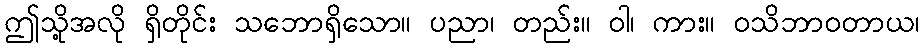
ဤသို့အလို ရှိတိုင်း သဘောရှိသော။ ပညာ၊ တည်း။ ဝါ၊ ကား။ ဝသိဘာဝတာယ၊